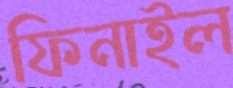
ফিনাইল